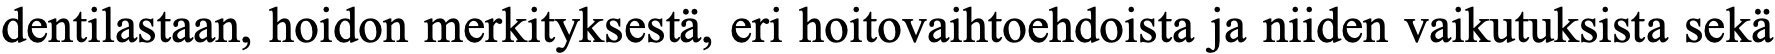
dentilastaan, hoidon merkityksestä, eri hoitovaihtoehdoista ja niiden vaikutuksista sekä